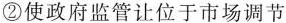
②使政府监管让位于市场调节